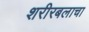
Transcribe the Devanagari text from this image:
शरीरबलाचा